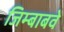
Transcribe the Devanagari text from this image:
जिम्बाबवे